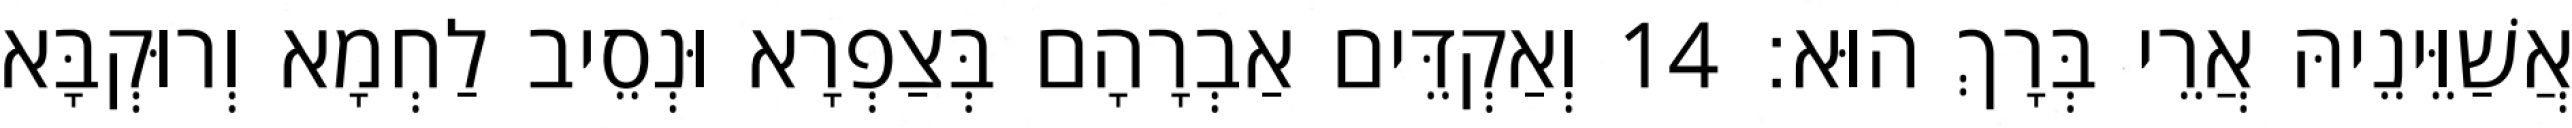
אֲשַׁוֵּינֵיהּ אֲרֵי בְּרָךְ הוּא׃ 14 וְאַקְדֵּים אַבְרָהָם בְּצַפְרָא וּנְסֵיב לַחְמָא וְרוּקְבָּא